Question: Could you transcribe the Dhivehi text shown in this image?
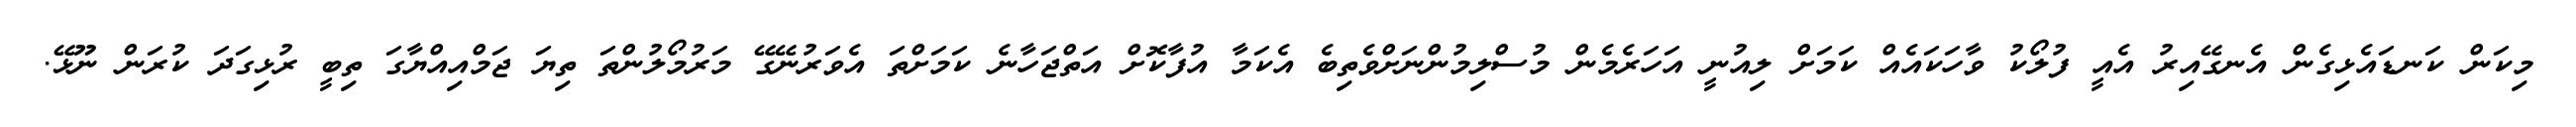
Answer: މިކަން ކަނޑައެޅިގެން އެނގޭއިރު އެއީ ފުލޯކު ވާހަކައެއް ކަމަށް ލިއުނީ އަހަރެމެން މުސްލިމުންނަށްވެތިބެ އެކަމާ އުފާކޮށް އަތްޖަހާނެ ކަމަށްތަ އެވަރުނޭގޭ މަރުމޯލުންތަ ތިޔަ ޖަމްއިއްޔާގަ ތިބީ ރުޅިގަދަ ކުރަން ނޫޅޭ.